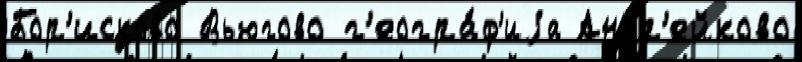
Бор'исково Вьюгово г'еогра́ф'иjа Андр'ейково